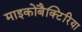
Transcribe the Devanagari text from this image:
माइकोबैक्टिरिया